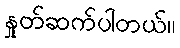
နှုတ်ဆက်ပါတယ်။